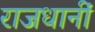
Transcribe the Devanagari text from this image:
राजधानीं